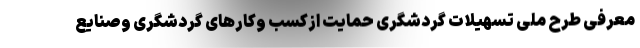
معرفی طرح ملی تسهیلات گردشگری حمایت ازکسب وکارهای گردشگری وصنایع